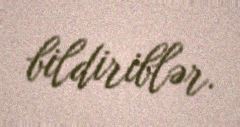
bildiriblər.